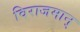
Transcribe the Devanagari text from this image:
विराजमान्